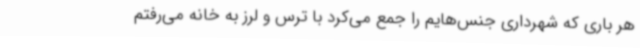
هر باری که شهرداری جنس‌هایم را جمع می‌کرد با ترس و لرز به خانه می‌رفتم